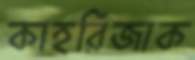
কাহরিজাক